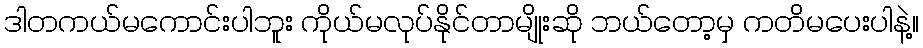
ဒါတကယ်မကောင်းပါဘူး ကိုယ်မလုပ်နိုင်တာမျိုးဆို ဘယ်တော့မှ ကတိမပေးပါနဲ့။